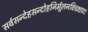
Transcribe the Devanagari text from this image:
सर्वसन्देहसन्दोहनिर्मूलनविचक्षणः